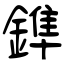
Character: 鎨